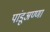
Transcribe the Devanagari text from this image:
पांडूअण्णा